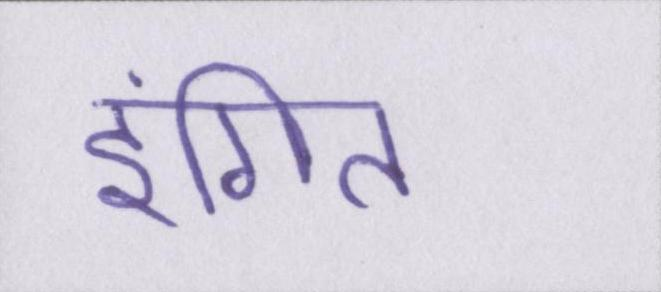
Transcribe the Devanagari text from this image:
इंगित